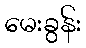
မေးခွန်း